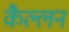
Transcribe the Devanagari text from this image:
कैल्लन